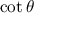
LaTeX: \cot \theta